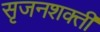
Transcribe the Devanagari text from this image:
सृजनशक्ती